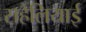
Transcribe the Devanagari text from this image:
सहेलियाई